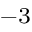
^ { - 3 }